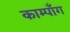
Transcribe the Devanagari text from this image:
काम्पाँग